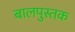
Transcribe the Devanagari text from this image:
बालपुस्तक